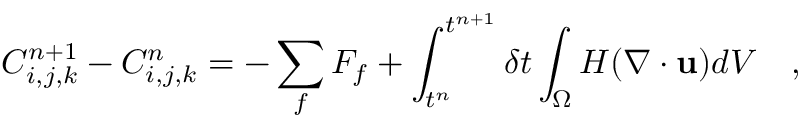
C _ { i , j , k } ^ { n + 1 } - C _ { i , j , k } ^ { n } = - \sum _ { f } F _ { f } + \int _ { t ^ { n } } ^ { t ^ { n + 1 } } \delta t \int _ { \Omega } H ( \nabla \cdot \mathbf { u } ) d V \quad ,